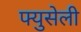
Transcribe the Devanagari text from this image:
फ्युसेली